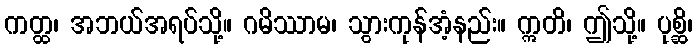
ကတ္ထ၊ အဘယ်အရပ်သို့။ ဂမိဿာမ၊ သွားကုန်အံ့နည်း။ ဣတိ၊ ဤသို့။ ပုစ္ဆိ၊